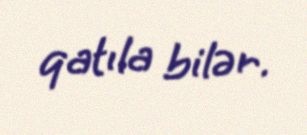
qatıla bilər.